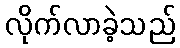
လိုက်လာခဲ့သည်